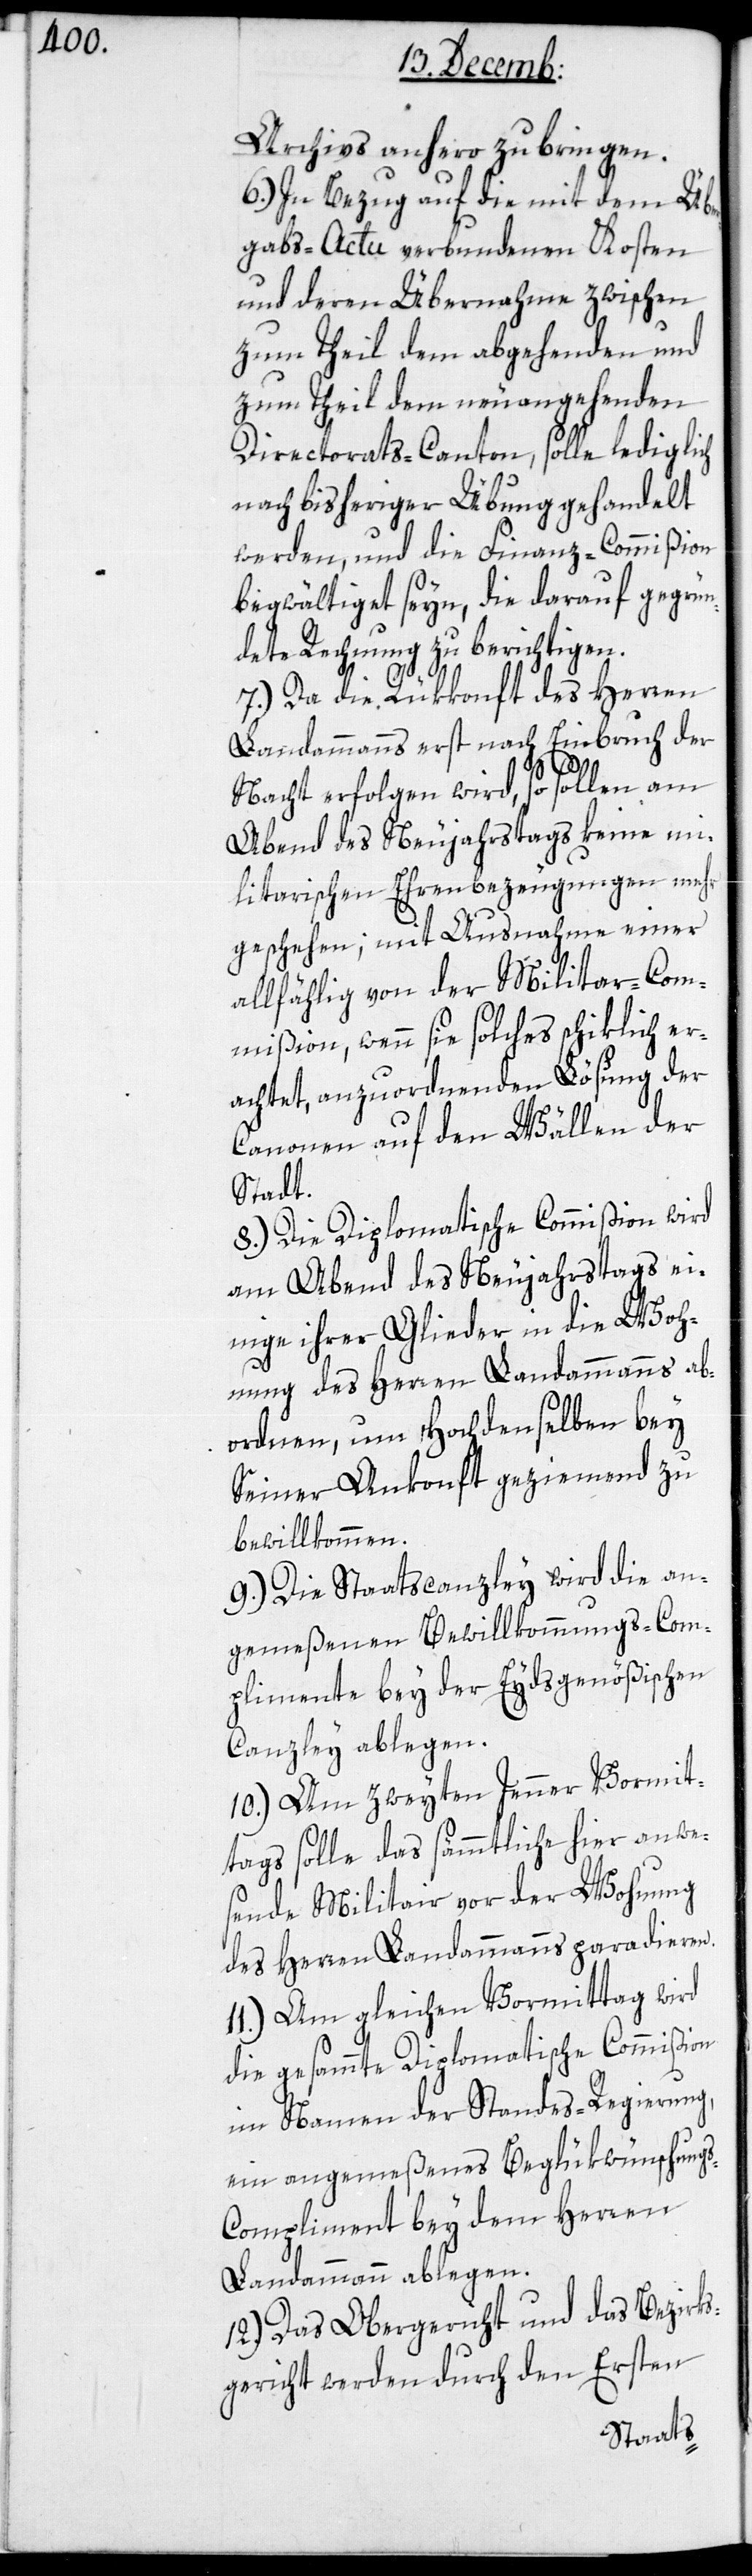
Archivs anhero zu bringen.
6.) In Bezug auf die mit dem Übe¬
rgabs-Actu verbundenen Kosten
und deren Übernahme zwischen
zum Theil dem abgehenden und
zum Theil dem neuangehenden
Directorats-Canton, solle lediglich
nach bisheriger Übung gehandelt
werden, und die Finanz-Commißion
begwältigt seyn, die darauf gegrün¬
dete Rechnung zu berichtigen.
7.) Da die Rükkonft des Herren
Landammanns erst nach Einbruch der
Nacht erfolgen wird, so sollen am
Abend des Neujahrstags keine mi¬
litarischen Ehrenbezeugungen
geschehen; mit Ausnahme einer
allfählig von der Militar-Com¬
mißion, wenn sie solches schiklich er¬
achtet, anzuordnenden Lösung
Kanonen auf den Wällen
Stadt.
8.) Die Diplomatische Commißion wird
am Abend des Neujahrstags ei¬
nige ihrer Glieder in die Woh¬
nung des Herren Landammanns a¬
bordnen, um Hochdenselben bey
seiner Ankonft geziemend zu
bewillkommen.
9.) Die Staatscanzley wird die an¬
gemeßenen Bewillkommungs-Com¬
plimente bey der Eydsgenößischen
Canzley ablegen.
10.) Am zweyten Jenner Vormit¬
tags solle das sämtliche hier anwes¬
ende Militair vor der Wohnung
des Herren Landammanns paradieren.
11.) Am gleichen Vormittag wird
die gesammte Diplomatische Commißion
im Namen der Standes-Regierung,
ein angemeßenes Beglükwünschung¬
s-Compliment bey dem Herren
Landammann ablegen.
12.) Das Obergericht und das Bezirks¬
gericht werden durch den Ersten